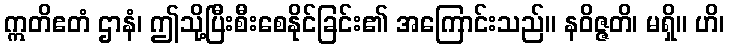
ဣတိဧတံ ဌာနံ၊ ဤသို့ပြီးစီးစေနိုင်ခြင်း၏ အကြောင်းသည်။ နဝိဇ္ဇတိ၊ မရှိ။ ဟိ၊